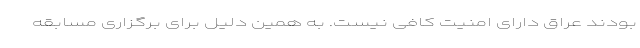
بودند عراق دارای امنیت کافی نیست. به همین دلیل برای برگزاری مسابقه